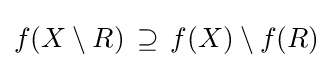
f(X\setminus R)\,\supseteq \,f(X)\setminus f(R)